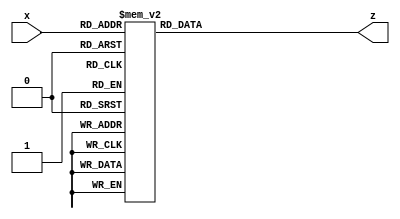
module hexto7segment(
    input  [3:0]x,
    output reg [6:0]z
    );
always @(*)
case (x)
4'b0000 :      	//Hexadecimal 0
z = 7'b0000001;
4'b0001 :    		//Hexadecimal 1
z = 7'b1001111;
4'b0010 :  		// Hexadecimal 2
z = 7'b0010010 ; 
4'b0011 : 		// Hexadecimal 3
z = 7'b0000110 ;
4'b0100 :		// Hexadecimal 4
z = 7'b1001100 ;
4'b0101 :		// Hexadecimal 5
z = 7'b0100100 ;  
4'b0110 :		// Hexadecimal 6
z = 7'b0100000 ;
4'b0111 :		// Hexadecimal 7
z = 7'b0001111;
4'b1000 :     		 //Hexadecimal 8
z = 7'b0000000;
4'b1001 :    		//Hexadecimal 9
z = 7'b0000100 ;
4'b1010 :  		// Hexadecimal A
z = 7'b0001000 ; 
4'b1011 : 		// Hexadecimal B
z = 7'b1100000;
4'b1100 :		// Hexadecimal C
z = 7'b0110001 ;
4'b1101 :		// Hexadecimal D
z = 7'b1000010 ;
4'b1110 :		// Hexadecimal E
z = 7'b0110000 ;
4'b1111 :		// Hexadecimal F
z = 7'b0111000 ;
endcase
 
endmodule